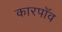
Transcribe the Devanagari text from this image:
कारपॉव